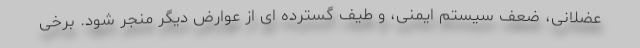
عضلانی، ضعف سیستم ایمنی، و طیف گسترده ای از عوارض دیگر منجر شود. برخی